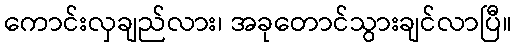
ကောင်းလှချည်လား၊ အခုတောင်သွားချင်လာပြီ။